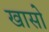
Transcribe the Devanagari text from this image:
खासो